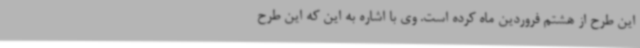
این طرح از هشتم فروردین ماه کرده است. وی با اشاره به این که این طرح